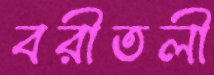
বরীতলী